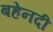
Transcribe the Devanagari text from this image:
बहेनदी